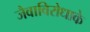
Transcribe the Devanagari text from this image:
जैवाविरोधाके